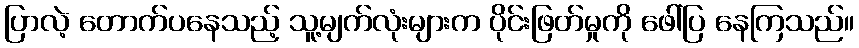
ပြာလဲ့ တောက်ပနေသည့် သူ့မျက်လုံးများက ပိုင်းဖြတ်မှုကို ဖေါ်ပြ နေကြသည်။